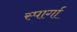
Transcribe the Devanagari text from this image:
स्पार्गा